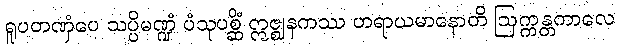
ရူပတဏှံပေ သပ္ပိမဏ္ဍံ ပံသုပစ္ဆိံ ဣဇ္ဈနကဿ ဟရာယမာနောတိ ဩက္ကန္တကာလေ